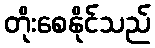
တိုးစေနိုင်သည်